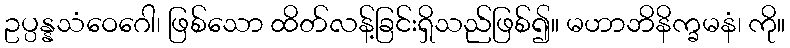
ဥပ္ပန္နသံဝေဂေါ၊ ဖြစ်သော ထိတ်လန့်ခြင်းရှိသည်ဖြစ်၍။ မဟာဘိနိက္ခမနံ၊ ကို။